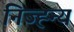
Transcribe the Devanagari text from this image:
निज्ह्न्य